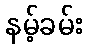
နမ့်ခမ်း